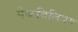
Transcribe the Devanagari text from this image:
मैकविलियम